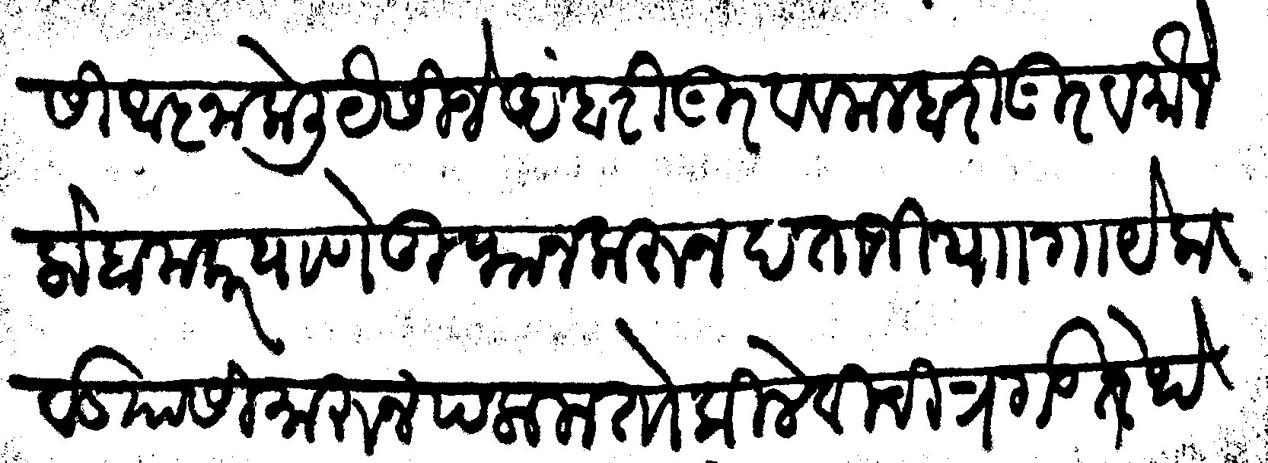
Transliteration (Devanagari):  आज्ञा केली येसीजे अंबरी गुरव व मल्हारी गुरव मौजे लोहामकर वाणे तुफान करन बताजी पाा गायेकवाड यासी मारुन पलाला तो किले विचित्रगड तेथे